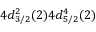
4 d _ { 3 / 2 } ^ { 2 } ( 2 ) 4 d _ { 5 / 2 } ^ { 4 } ( 2 )